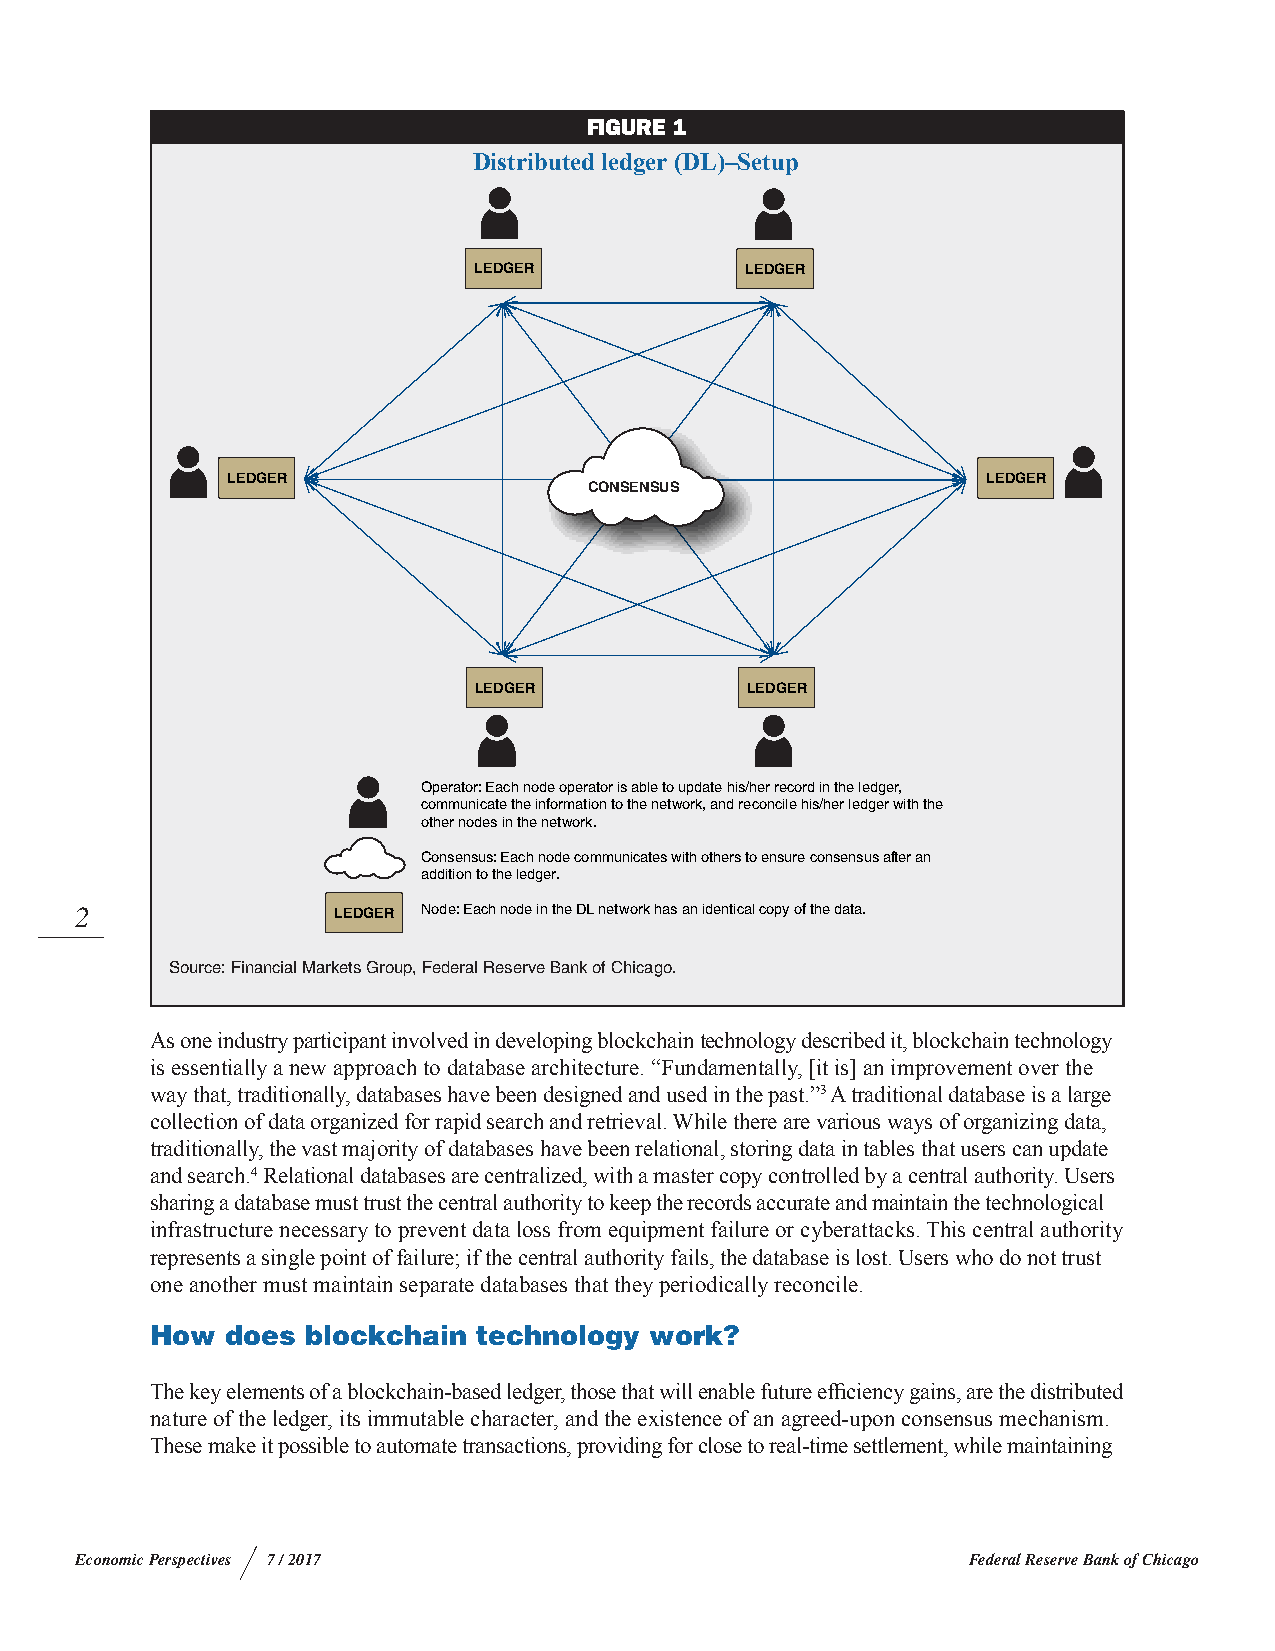
FIGURE 1
 Distributed ledger (DL)–Setup
 LEDGER            LEDGER
 LEDGER                                            LEDGER
 CONSENSUS
 LEDGER            LEDGER
 Operator: Each node operator is able to update his/her record in the ledger,
 communicate the information to the network, and reconcile his/her ledger with the
 other nodes in the network.
 Consensus: Each node communicates with others to ensure consensus after an
 addition to the ledger.
 2                LEDGER Node: Each node in the DL network has an identical copy of the data.
 Source: Financial Markets Group, Federal Reserve Bank of Chicago.
 As one industry participant involved in developing blockchain technology described it, blockchain technology
 is essentially a new approach to database architecture. “Fundamentally, [it is] an improvement over the
 way that, traditionally, databases have been designed and used in the past.”3 A traditional database is a large
 collection of data organized for rapid search and retrieval. While there are various ways of organizing data,
 traditionally, the vast majority of databases have been relational, storing data in tables that users can update
 and search.4 Relational databases are centralized, with a master copy controlled by a central authority. Users
 sharing a database must trust the central authority to keep the records accurate and maintain the technological
 infrastructure necessary to prevent data loss from equipment failure or cyberattacks. This central authority
 represents a single point of failure; if the central authority fails, the database is lost. Users who do not trust
 one another must maintain separate databases that they periodically reconcile.
 How  does blockchain  technology work?
 The key elements of a blockchain-based ledger, those that will enable future efficiency gains, are the distributed
 nature of the ledger, its immutable character, and the existence of an agreed-upon consensus mechanism.
 These make it possible to automate transactions, providing for close to real-time settlement, while maintaining
 Economic Perspectives 7 / 2017                             Federal Reserve Bank of Chicago